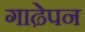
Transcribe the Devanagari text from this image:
गाढे़पन